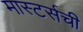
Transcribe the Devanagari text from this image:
मास्टर्सची